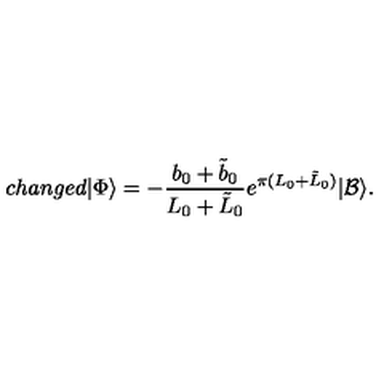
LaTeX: c h a n g e d | \Phi \rangle = - \frac { b _ { 0 } + \tilde { b } _ { 0 } } { L _ { 0 } + \tilde { L } _ { 0 } } e ^ { \pi ( L _ { 0 } + \tilde { L } _ { 0 } ) } | \mathcal { B } \rangle .